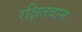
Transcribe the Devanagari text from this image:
रक्षितवान